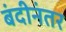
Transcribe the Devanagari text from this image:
बंदीनंतर